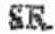
SR